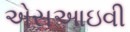
એસઆઇવી